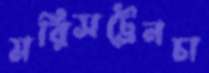
মরিসট্রেনচা